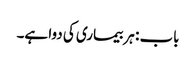
باب : ہر بیماری کی دوا ہے۔